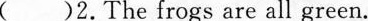
()2.The frogs are all green.